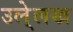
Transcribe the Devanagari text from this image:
उले्लख